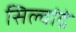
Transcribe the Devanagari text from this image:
सिल्वांद्रे